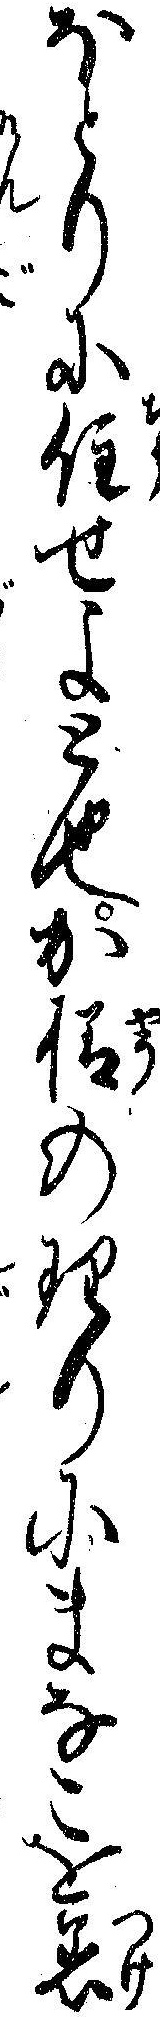
ほとりに住せよと也か様の理りにまなこを着